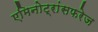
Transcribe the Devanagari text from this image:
एमिनोट्रांसफरेज